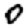
Digit: 0